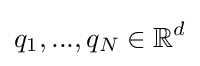
q_{1},...,q_{N}\in \mathbb {R} ^{d}